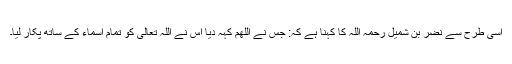
اسی طرح سے نضر بن شمیل رحمہ اللہ کا کہنا ہے کہ: جس نے اللھم کہہ دیا اس نے اللہ تعالیٰ کو تمام اسماء کے ساتھ پکار لیا۔